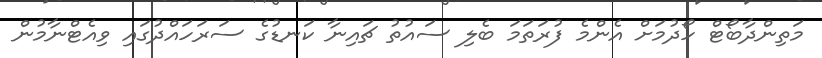
މަތިންދާބޯޓް ހޯދުމަށް އެންމެ ފުރަތަމަ ބެލި ސައުތު ޗައިނާ ކަނޑުގެ ސަރަހައްދުގައި ވިއެޓްނާމުން